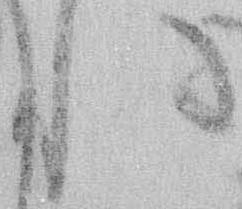
れ